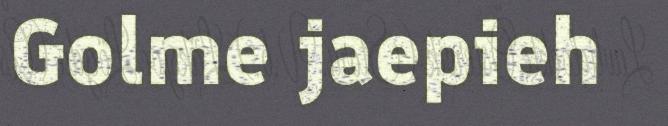
Golme jaepieh